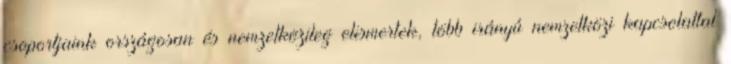
csoportjaink országosan és nemzetközileg elismertek, több irányú nemzetközi kapcsolattal